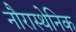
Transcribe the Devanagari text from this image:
नौरास्थेनिक